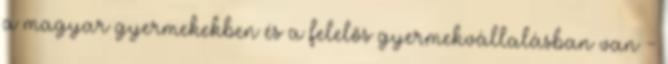
a magyar gyermekekben és a felelős gyermekvállalásban van -